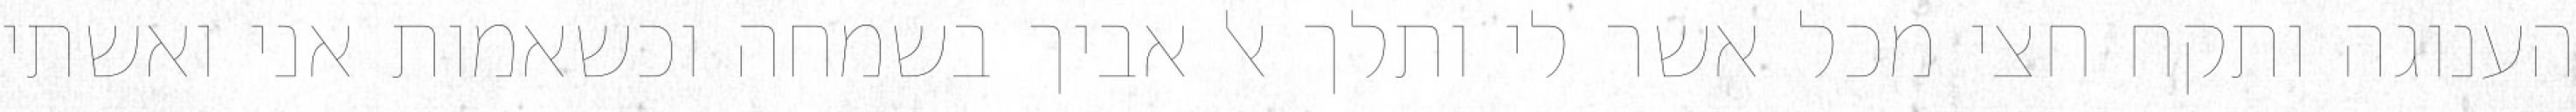
הענוגה ותקח חצי מכל אשר לי ותלך אל אביך בשמחה וכשאמות אני ואשתי